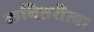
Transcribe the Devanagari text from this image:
कथितरीत्या